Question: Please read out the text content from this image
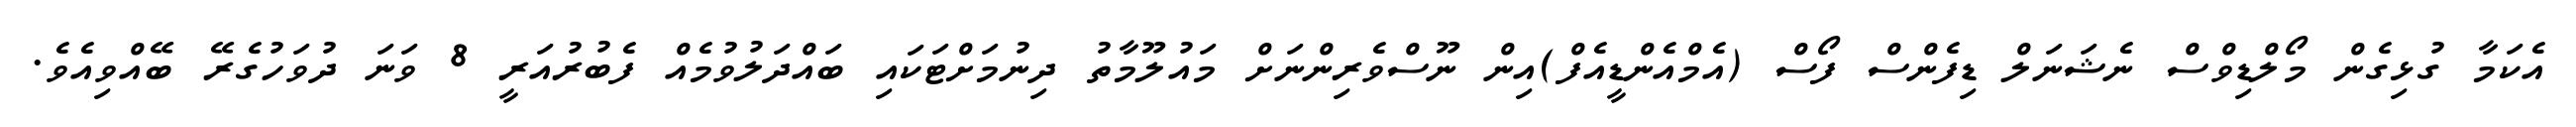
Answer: އެކަމާ ގުޅިގެން މޯލްޑިވްސް ނެޝަނަލް ޑިފެންސް ފޯސް (އެމްއެންޑީއެފް)އިން ނޫސްވެރިންނަށް މައުލޫމާތު ދިނުމަށްޓަކައި ބައްދަލުވުމެއް ފެބުރުއަރީ 8 ވަނަ ދުވަހުގެރޭ ބޭއްވިއެވެ.